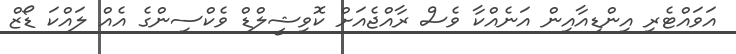
އަވައްޓެރި އިންޑިއާއިން އަނެއްކާ ވެސް ރާއްޖެއަށް ކޮވިޝީލްޑް ވެކްސިންގެ އެއް ލައްކަ ޑޯޒް